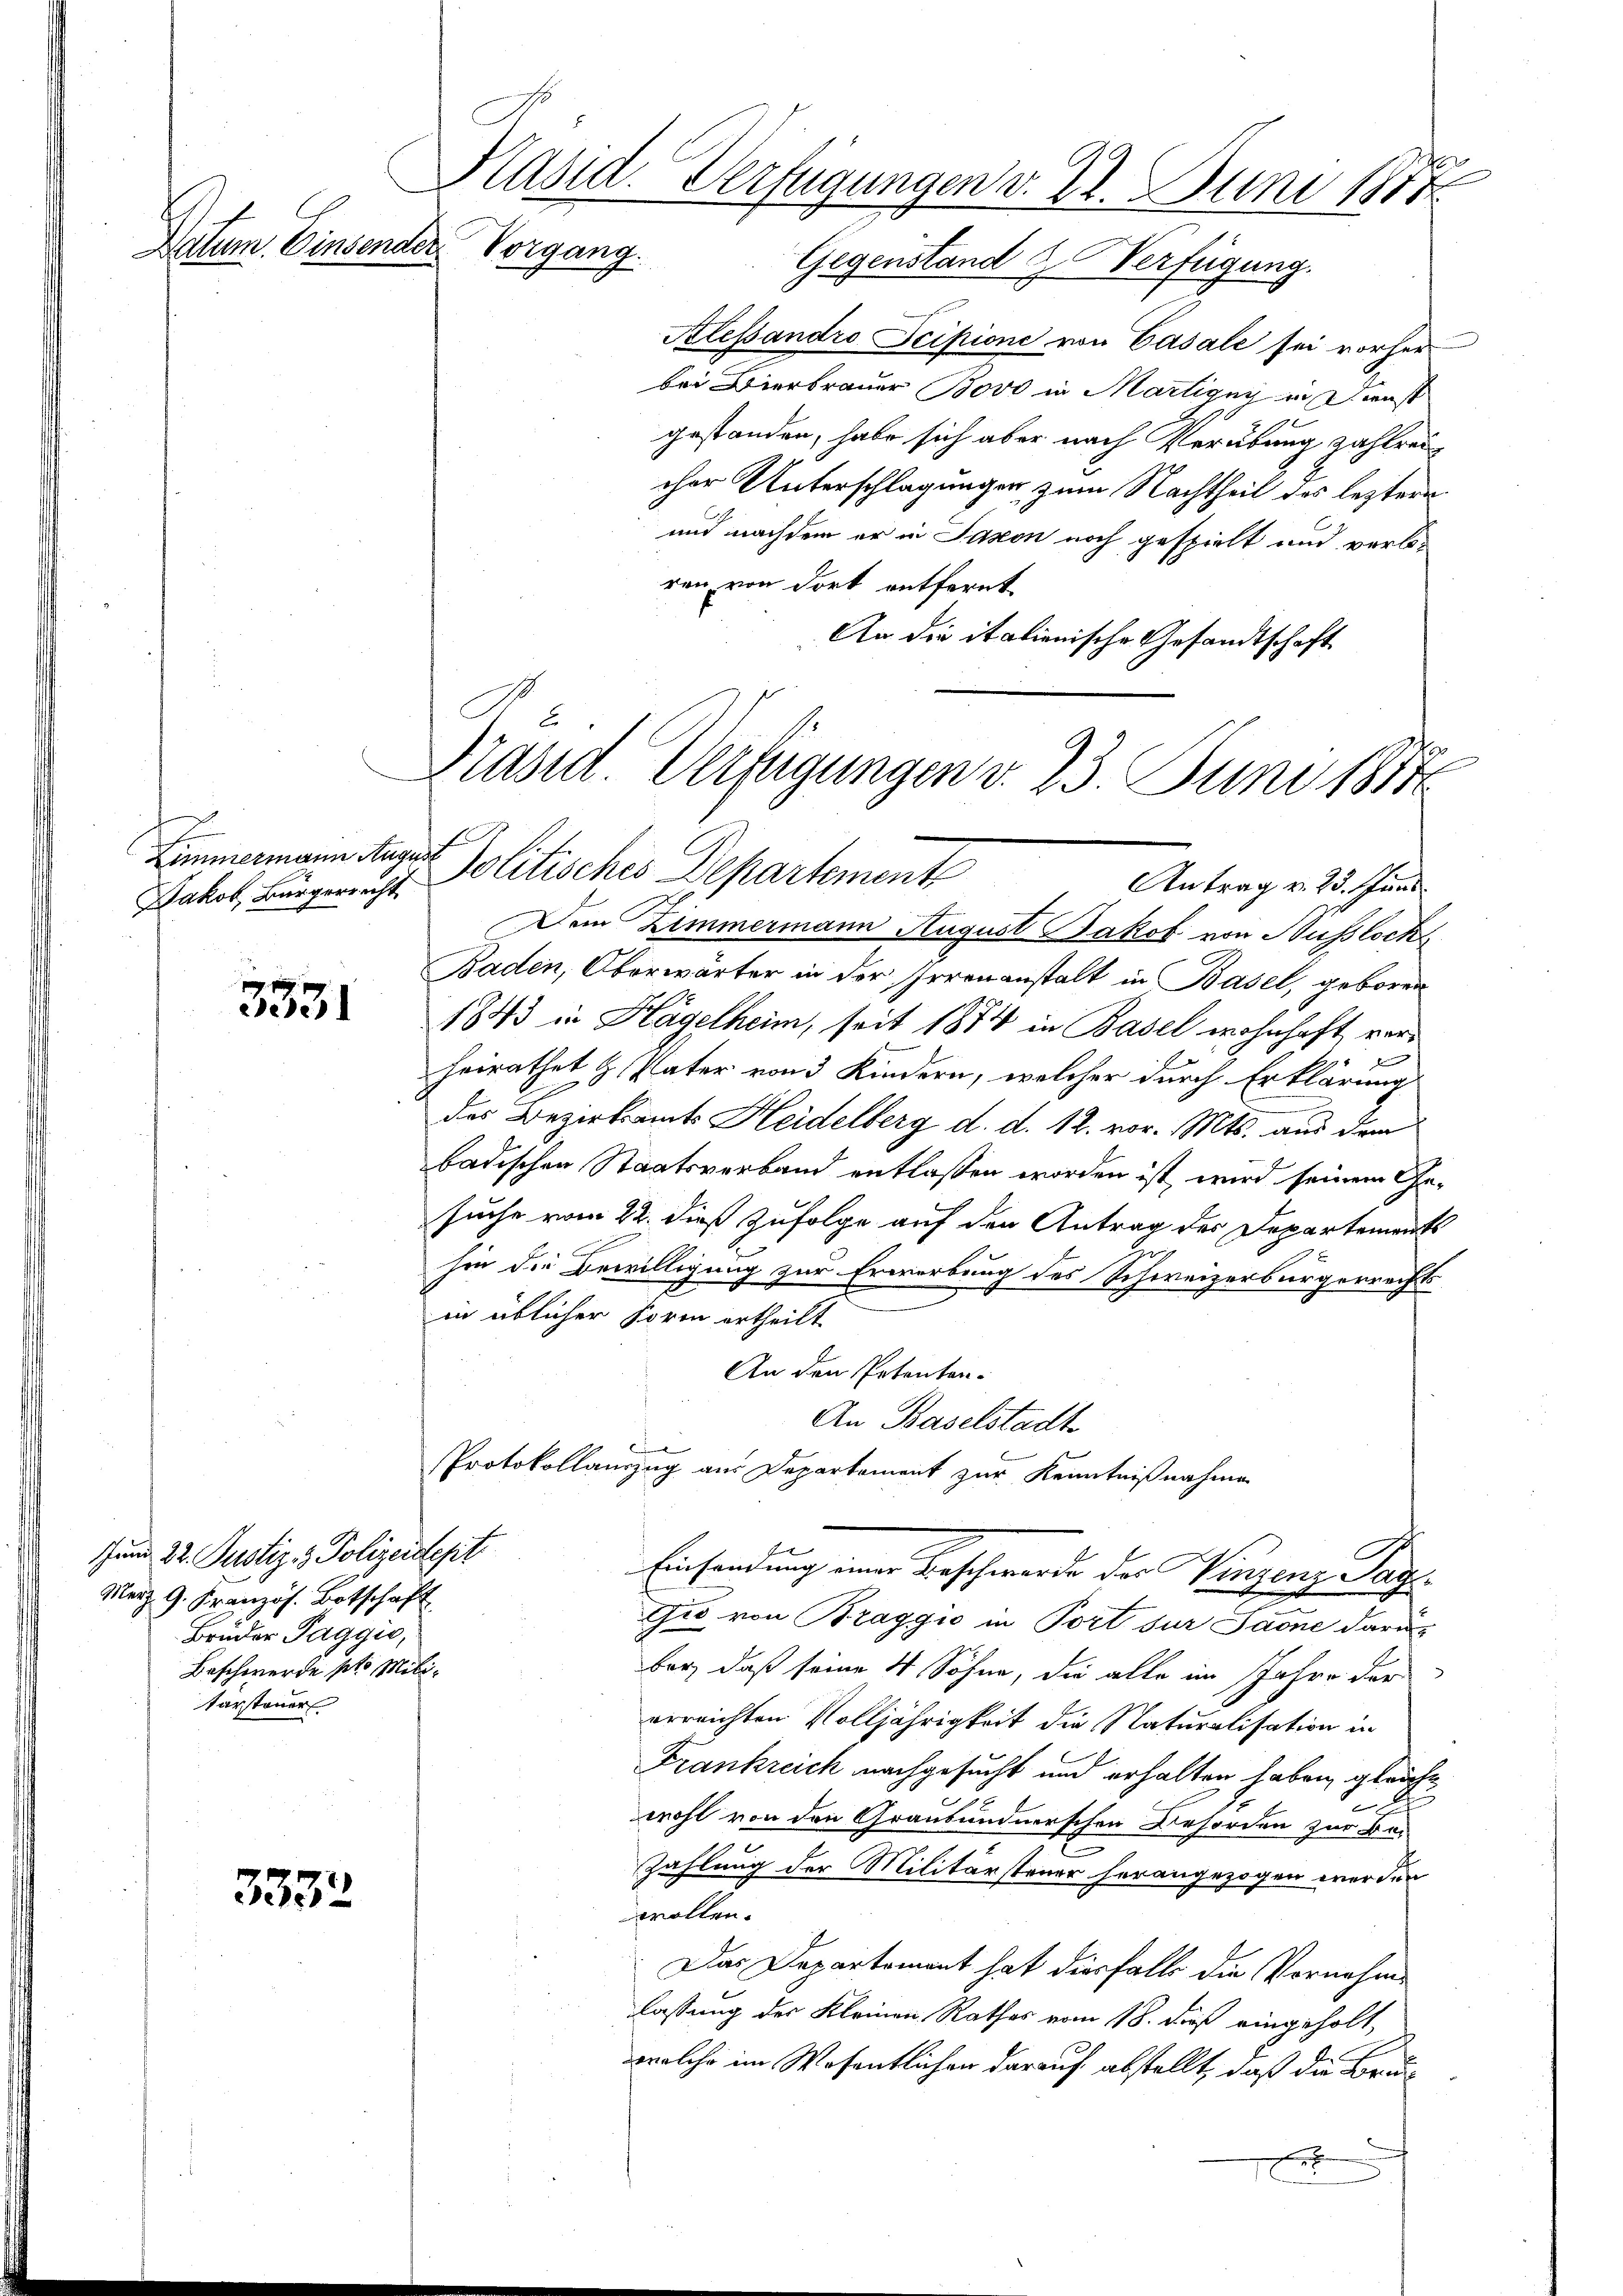
Datum. Einsender Vorgang.

Jakob, Bürgerrecht

3331

tum 22. Justiz- & Polizeidept
Merz 9. Französ. Botschaft
Bruder Taggio,
Beschwerde pro Militarsteuer

3332

Kasid. Verfügungen v. 22. Juni 1878
Gegenstand & Verfügung.

Klessandro Scipione von Casale sei vorher
bei Bierbrauer 3000 in Martigny in Dienst
gestanden, habe sich aber nach Verübung zahlreicher Unterschlagungen zum Nachtheil des lezteren
und nachdem er in Jakon noch gespielt und verloren von dort entfernt
An die italienische Gesandtschaft
E

Präsid. Verfügungen d. 23. Juni 1874
Zimmermann August Politisches Departement
Antrag v. 23. Juni

Dem Zimmermann August Jakob von Huslock
Baden, Oberwärter in der Irrenanstalt in Basel, geboren
1843 in Hagelheim, seit 1874 in Basel wohnhaft verheirathet & Pater von 3 Kindern, welcher durch Erklärung
u
des Bezirksamts Heidelberg d. d. 12. vor. Mts. aus dem
badischen Staatsverband entlassen worden ist wird seinem Gesuche vom 22. dieß zufolge auf den Antrag des Departements
hin die Bewilligung zur Erwerbung des Schweizerbürgerrechts
in üblicher Form ertheilt.
An den Petenten-
An Baselstadt
C
Protokollauszug aus Departement zur Kenntnißnahme
.
Einsendung einer Beschwerde des Vinzenz Tag¬
Gio von Braggio in Port zur Saone daru
ber, daß seine 4 Sohne, die alle im Jahre der
erreichten Volljährigkeit die Naturalisation in
Frankreich nachgesucht und erhalten haben, gleiche
wohl von den Graubündnerschen Behörden zur Be¬
Zahlung der Militärsteuer herangezogen werden
wollen.
Das Departement hat diesfalls die Vornahme
lassung des Kleinen Rathes vom 18. daß eingeholt,
welche im Wesentlichen darauf abstellt, daß die Brun¬
F